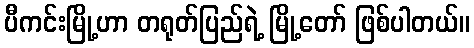
ပီကင်းမြို့ဟာ တရုတ်ပြည်ရဲ့ မြို့တော် ဖြစ်ပါတယ်။